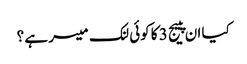
کیا ان پییج 3 کا کوئی لنک میسر ہے ؟